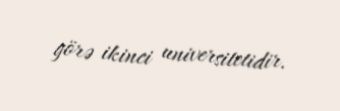
görə ikinci universitetidir.